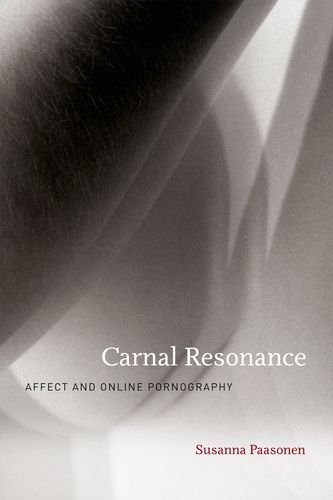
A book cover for Carnal Resonance: Affect and Online Pornography; Susanna Paasonen; Politics & Social Sciences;